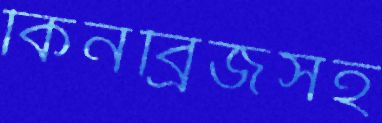
কিনব্রিজসহ